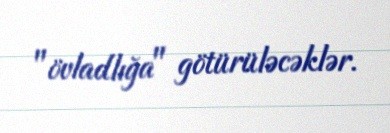
"övladlığa" götürüləcəklər.